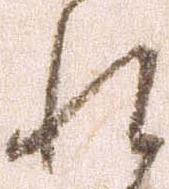
れ